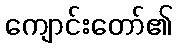
ကျောင်းတော်၏